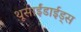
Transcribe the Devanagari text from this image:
थूसाईंडाईड्स